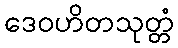
ဒေဝဟိတသုတ္တံ